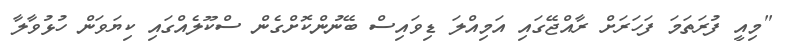
"މިއީ ފުރަތަމަ ފަހަރަށް ރާއްޖޭގައި އަމިއްލަ ޑިވައިސް ބޭނުންކޮށްގެން ސްކޫލެއްގައި ކިޔަވަން ހުޅުވާލާ